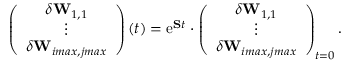
\left( \begin{array} { c } { \delta \mathbf { W } _ { 1 , 1 } } \\ { \vdots } \\ { \delta \mathbf { W } _ { i m a x , j m a x } } \end{array} \right) ( t ) = \mathrm { e } ^ { \mathbf { S } t } \cdot \left( \begin{array} { c } { \delta \mathbf { W } _ { 1 , 1 } } \\ { \vdots } \\ { \delta \mathbf { W } _ { i m a x , j m a x } } \end{array} \right) _ { t = 0 } .